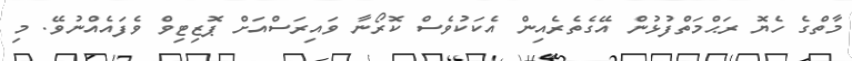
މާތްގެ ހެޔޮ ރަޙްމަތްފުޅުން އޭގެތެރެއިން އެކަކުވެސް ކޮރޯނާ ވައިރަސްއަށް ޕޮޒިޓިވް ވެފައެއްނުވޭ. މި